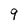
Character: 9